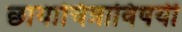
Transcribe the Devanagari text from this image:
छायाचित्राविषयी